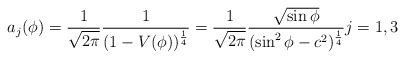
\begin{align*} a_j(\phi) = \frac{1}{\sqrt{2\pi}} \frac{1}{(1 - V(\phi))^\frac{1}{4}} = \frac{1}{\sqrt{2\pi}} \frac{\sqrt{\sin \phi}}{(\sin^2\phi - c^2)^\frac{1}{4}} j = 1,3\end{align*}